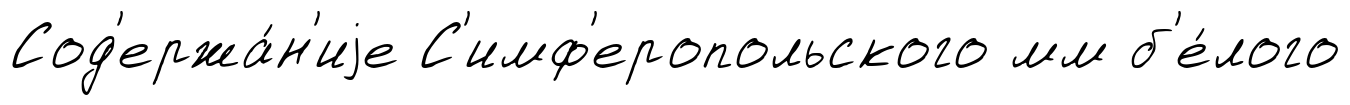
Сод'ержа́н'иjе С'имф'еропольского мм б'е́лого